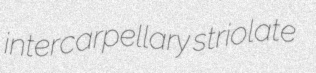
intercarpellary striolate